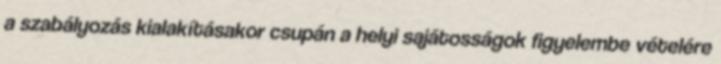
a szabályozás kialakításakor csupán a helyi sajátosságok figyelembe vételére